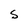
Character: S